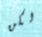
لكن